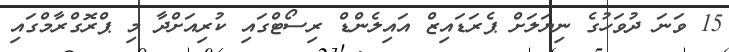
15 ވަނަ ދުވަހުގެ ނިޔަލަށް ޕެރަޑައިޒް އައިލެންޑް ރިސޯޓްގައި ކުރިއަށްދާ މި ޕްރޮގްރާމްގައި